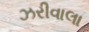
ઝરીવાલા